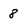
Character: 8